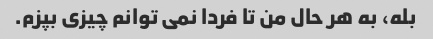
بله، به هر حال من تا فردا نمی توانم چیزی بپزم.